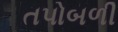
તપોબળી